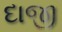
દાજી